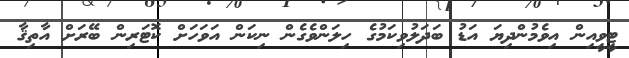
ޓީވީއިން އިވެމުންދިޔަ އަޑު ބަދަލުވިކަމުގެ ހިލަންވެގެން ނިކަން އަވަހަށް ކޮޓަރިން ބޭރަށް އާތިޤާ